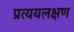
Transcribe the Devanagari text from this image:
प्रत्ययलक्षण